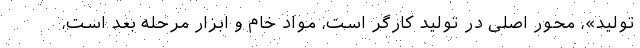
تولید»، محور اصلی در تولید کارگر است، مواد خام و ابزار مرحله بعد است،